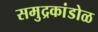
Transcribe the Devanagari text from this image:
समुद्रकांडोळ